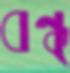
বন্ধ্